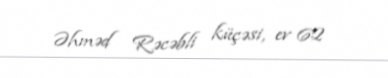
Əhməd Rəcəbli küçəsi, ev 62